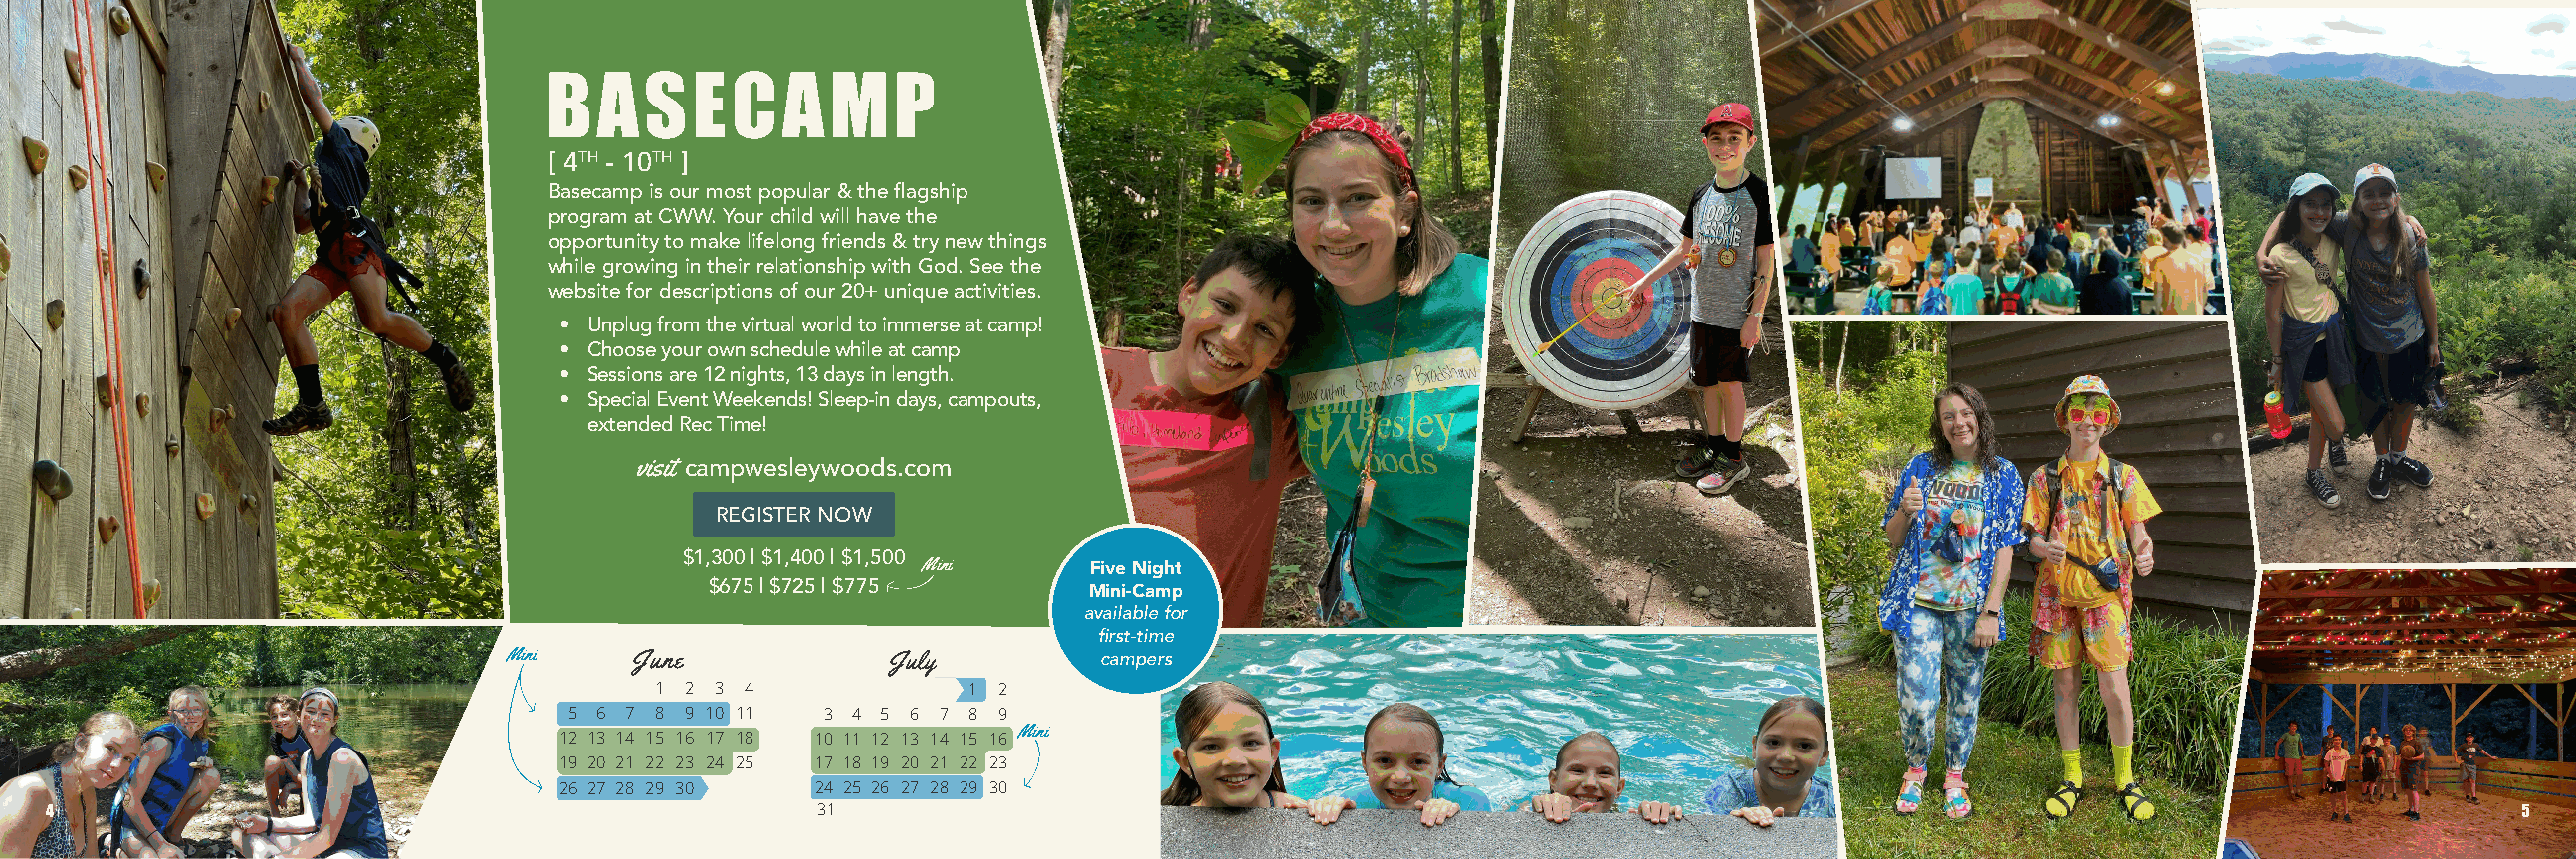
BASECAMP
 [ 4TH - 10TH ]
 Basecamp is our most popular & the flagship
 program at CWW. Your child will have the
 opportunity to make lifelong friends & try new things
 while growing in their relationship with God. See the
 website for descriptions of our 20+ unique activities.
 • Unplug from the virtual world to immerse at camp!
 • Choose your own schedule while at camp
 • Sessions are 12 nights, 13 days in length.
 • Special Event Weekends! Sleep-in days, campouts,
 extended Rec Time!
 visit campwesleywoods.com
 REGISTER NOW
 $1,300 | $1,400 | $1,500 Mini
 Five Night
 $675 | $725 | $775       Mini-Camp
 available for
 first-time
 Mini    June             July          campers
 1 2 3 4             1 2
 5 6 7 8 9 10 11  3 4 5 6 7 8 9
 Mini
 12 13 14 15 16 17 18 10 11 12 13 14 15 16
 19 20 21 22 23 24 25 17 18 19 20 21 22 23
 26 27 28 29 30   24 25 26 27 28 29 30
 4                                                  31                                                                                                                5